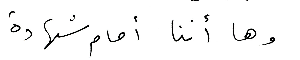
وها أننا أمام شهادة